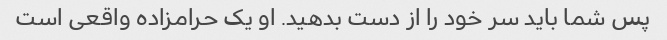
پس شما باید سر خود را از دست بدهید. او یک حرامزاده واقعی است